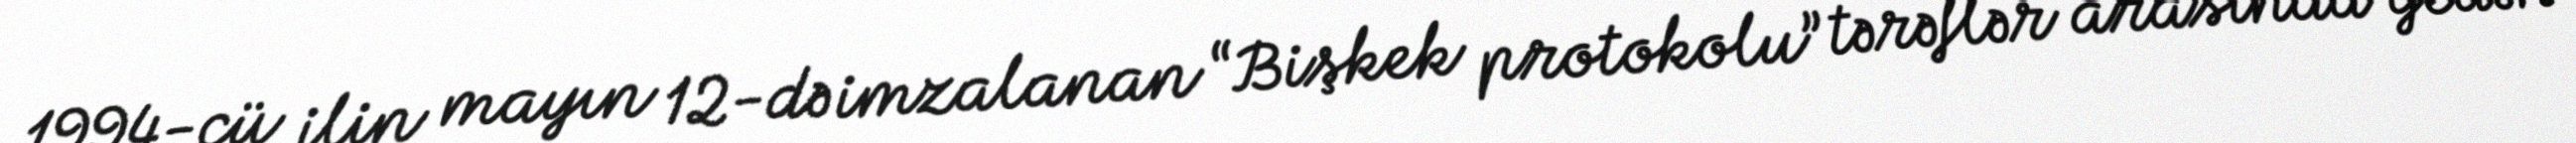
1994-cü ilin mayın 12-də imzalanan “Bişkek protokolu” tərəflər arasında gedən